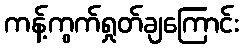
ကန့်ကွက်ရှုတ်ချကြောင်း